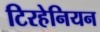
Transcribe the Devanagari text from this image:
टिरहेनियन